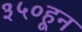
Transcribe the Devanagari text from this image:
३५०हून